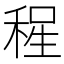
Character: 𱶏